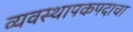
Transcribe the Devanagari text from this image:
व्यवस्थापकपदाचा